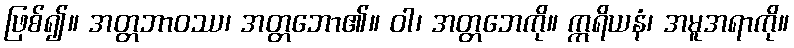
ဖြစ်၍။ အတ္တဘာဝဿ၊ အတ္တဘော၏။ ဝါ၊ အတ္တဘေကို။ ဣရိယနံ၊ အမူအရာကို။